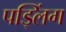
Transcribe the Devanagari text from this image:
पड्लिंग